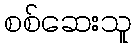
စစ်ဆေးသူ